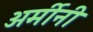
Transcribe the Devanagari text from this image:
अर्मीनी